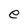
Character: e